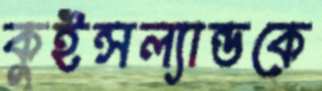
কুইন্সল্যান্ডকে